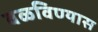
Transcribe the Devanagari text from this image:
वळविण्यास